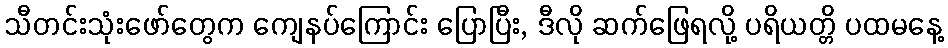
သီတင်းသုံးဖော်တွေက ကျေနပ်ကြောင်း ပြောပြီး, ဒီလို ဆက်ဖြေရလို့ ပရိယတ္တိ ပထမနေ့